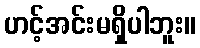
ဟင့်အင်းမရှိပါဘူး။